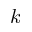
k